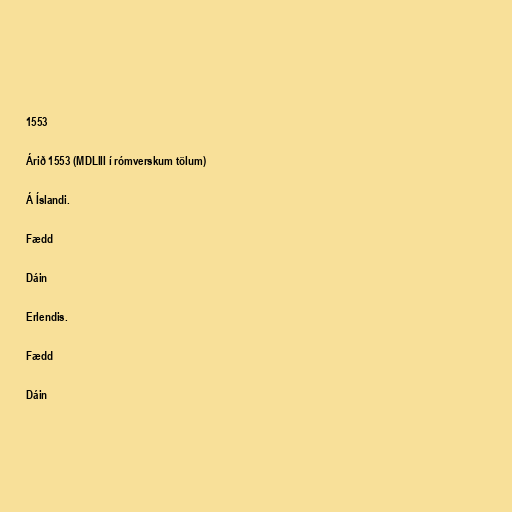
1553

Árið 1553 (MDLIII í rómverskum tölum)

Á Íslandi.

Fædd

Dáin

Erlendis.

Fædd

Dáin